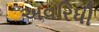
અવરિધી